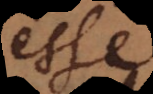
esse